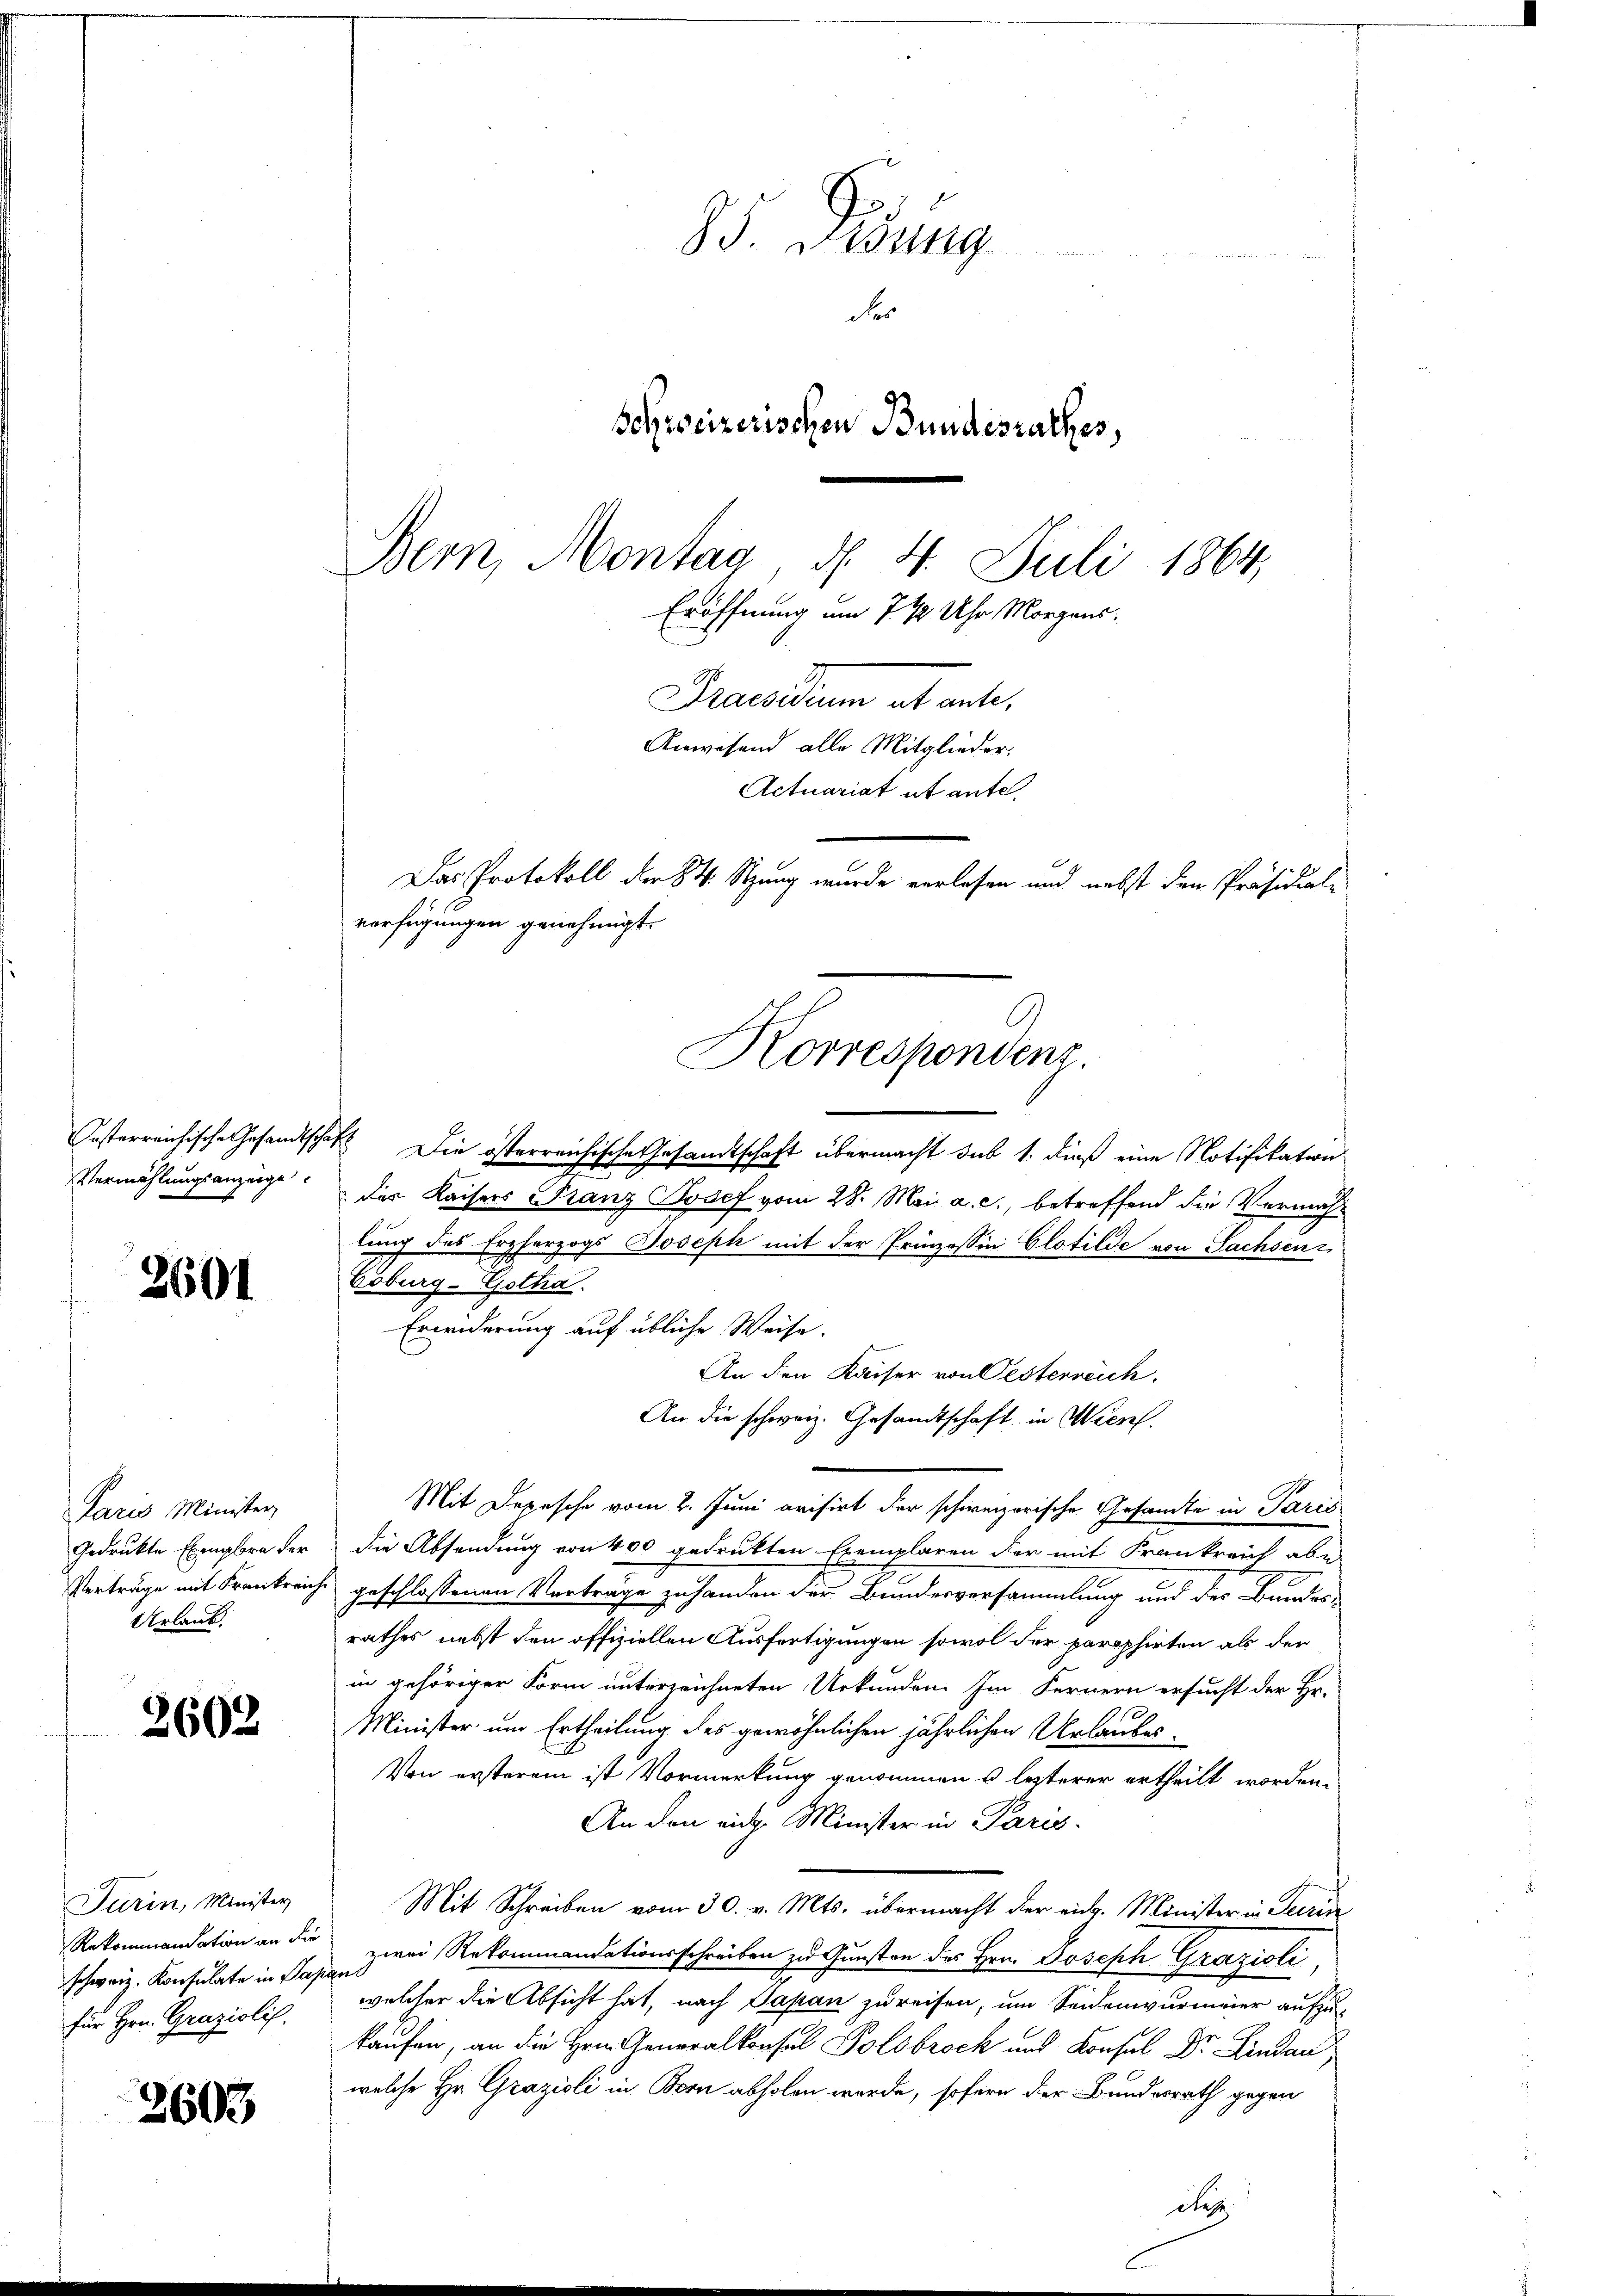
2601

2602

3603

Vermählungsanzeige

keine Menden
Verträge mit Frankrei
Urlaub.

Turin, Minister
schweiz. Konsulate in Papani
für Hrn. Grazislis.

S. Fidung
des
schweizerischen Bundesrathes,
Bern, Montag d. 4. Juli 1864.
Eröffnung um 7 % Uhr Morgens¬

Grandum abante,
Anwesend alle Mitglieder.
Actuariat et ante,
Das Protokoll der 84. Sitzung wurde verlesen und nebst den Präsidial-
verfügungen genehmigt.
Korrespondenz.

Posterreichische Gesandtschaft Die österreichische Gesandtschaft übermacht sub 1. dieß eine Notifikation
des Kaisers Franz Josef vom 28. Mai a. c., betreffend die Vermahlung des Erzherzogs Joseph mit der Prinzessin Clotilde von Sachsen
Coburg-Gotha
Erwiderung auf übliche Weise.
An den Kaiser von Oesterreich.
An die schweiz. Gesandtschaft in Wien.
Mit Depesche vom 2. Juni avisirt der schweizerische Gesandte in Paris
Gedruckte Exenglern der die Absendung von 400 gedrukten Exemplaren der mit Frankreich abe
g
ich geschlossenen Vorträge zu handen der Bundesversammlung und der Bundes-
rathes nebst den offiziellen Ausfertigungen sowol der paraphirten als der
in gehöriger Form unterzeichneten Urkunden. Im Fernern ersucht der Hr.
Minister um Ertheilung des gewöhnlichen jährlichen Urlaubes¬
Von ersterem ist Vormerkung genommen u. lezterer ertheilt worden.
An den eidg. Minister in Paris-
Mit Schreiben vom 30. v. Mts. übermacht der rich. Minister in Terrin
Rekommandation an die zwei Rekommandationsschreiben zu Gunsten des Hrn. Joseph Grazioli,
welcher die Absicht hat, nach Papan zureisen, um Seidenwurmeier aufzukaufen, an die Generall a
welche Hr. Grazioli in Born abholen werde, sofern der Bundesrath gegen
diese